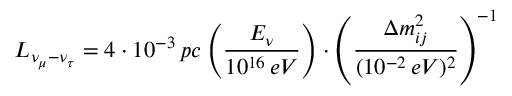
L _ { \nu _ { \mu } - \nu _ { \tau } } = 4 \cdot 1 0 ^ { - 3 } \, p c \left( \frac { E _ { \nu } } { 1 0 ^ { 1 6 } \, e V } \right) \cdot \left( \frac { \Delta m _ { i j } ^ { 2 } } { ( 1 0 ^ { - 2 } \, e V ) ^ { 2 } } \right) ^ { - 1 }